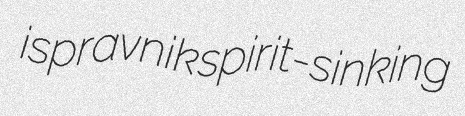
ispravnik spirit-sinking